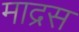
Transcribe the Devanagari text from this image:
माद्रस